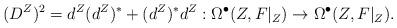
LaTeX: \begin{align*}\begin{aligned}(D^{Z})^{2}=d^{Z}(d^{Z})^{*}+(d^{Z})^{*}d^{Z}:\Omega^{\bullet}(Z, F|_{Z})\rightarrow \Omega^{\bullet}(Z, F|_{Z}).\end{aligned}\end{align*}